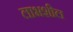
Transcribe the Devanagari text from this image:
लाभशील